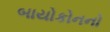
બાયોકોનનો